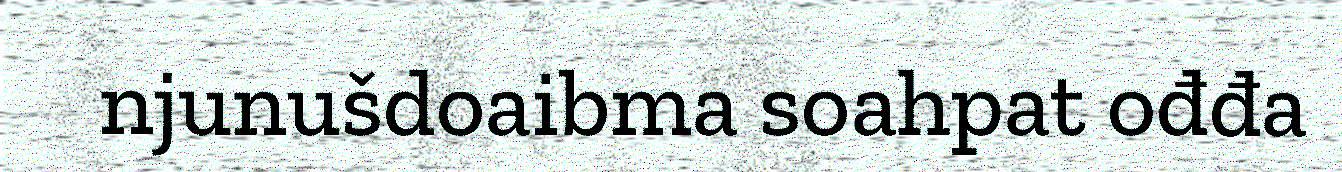
njunušdoaibma soahpat ođđa